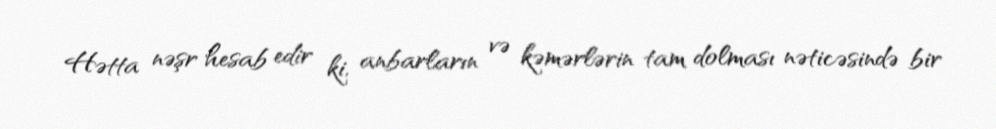
Hətta nəşr hesab edir ki, anbarların və kəmərlərin tam dolması nəticəsində bir